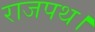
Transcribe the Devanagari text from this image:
राजपथ।